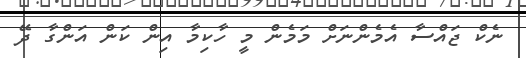
ނެކް ޖައްސާ އެމެންނަށް މަމެން މީ ހާކިމާ އިން ކަން އަންގާ ދޭ